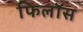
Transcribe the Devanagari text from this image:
फिलॉस